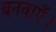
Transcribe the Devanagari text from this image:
बनवाएँ।